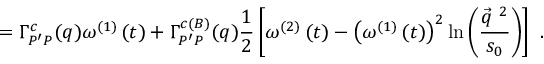
= \Gamma _ { P ^ { \prime } P } ^ { c } ( q ) \omega ^ { \left( 1 \right) } \left( t \right) + \Gamma _ { P ^ { \prime } P } ^ { c \left( { \scriptsize { B } } \right) } ( q ) \frac { 1 } { 2 } \left[ \omega ^ { \left( 2 \right) } \left( t \right) - \left( \omega ^ { \left( 1 \right) } \left( t \right) \right) ^ { 2 } \mathrm { l n } \left( \frac { \vec { q } ^ { ~ 2 } } { s _ { 0 } } \right) \right] \ .